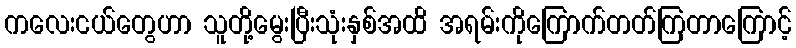
ကလေးငယ်တွေဟာ သူတို့မွေးပြီးသုံးနှစ်အထိ အရမ်းကိုကြောက်တတ်ကြတာကြောင့်